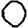
Digit: 0